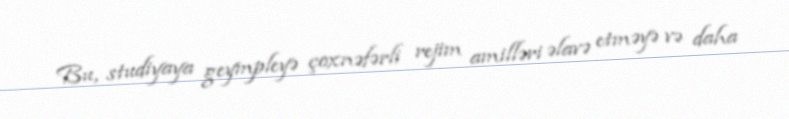
Bu, studiyaya geympleyə çoxnəfərli rejim amilləri əlavə etməyə və daha